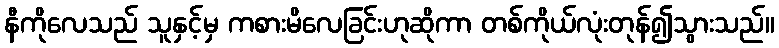
နီကိုလေသည် သူနှင့်မှ ကစားမိလေခြင်းဟုဆိုကာ တစ်ကိုယ်လုံးတုန်၍သွားသည်။